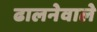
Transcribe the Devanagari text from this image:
ढालनेवाले